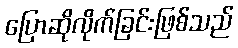
ပြောဆိုလိုက်ခြင်းဖြစ်သည်